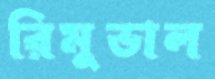
রিমুভাল